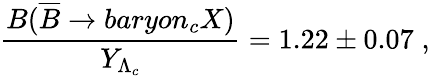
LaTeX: \frac{B(\overline{{B}}\rightarrow baryon_{c}X)}{Y_{\Lambda_{c}}}=1.22\pm 0.07\; ,